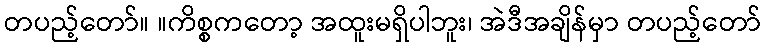
တပည့်တော်။ ။ကိစ္စကတော့ အထူးမရှိပါဘူး၊ အဲဒီအချိန်မှာ တပည့်တော်